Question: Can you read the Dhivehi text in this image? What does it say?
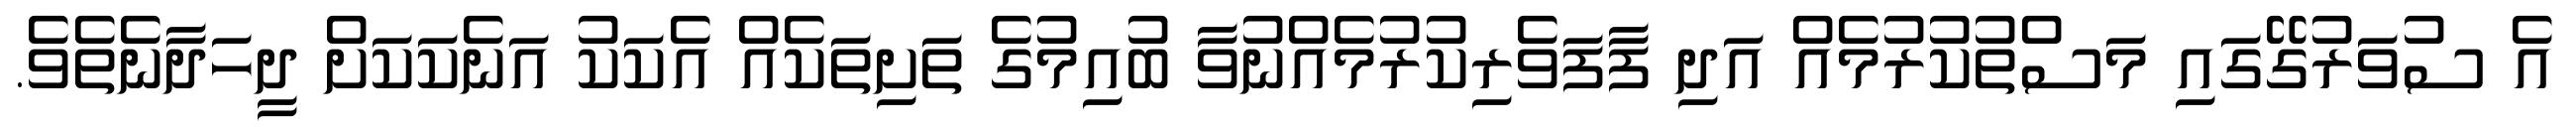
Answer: އެ ސުވަރުގޭގައި މަސްތުކުރުމެއް އަދި ފާފަވެރިކުރުމެއްނުވާ ބުއިމުގެ ތަށިތަކެއް އެކަކު އަނެކަކަށް ދީހަދާނެތެވެ.